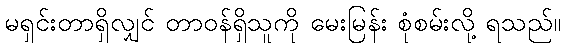
မရှင်းတာရှိလျှင် တာဝန်ရှိသူကို မေးမြန်း စုံစမ်းလို့ ရသည်။